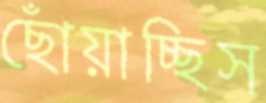
ছোঁয়াচ্ছিস